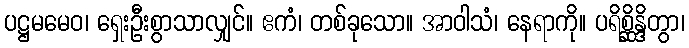
ပဋ္ဌမမေဝ၊ ရှေးဦးစွာသာလျှင်။ ဧကံ၊ တစ်ခုသော။ အာဝါသံ၊ နေရာကို။ ပရိစ္ဆိန္ဒိတွာ၊